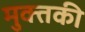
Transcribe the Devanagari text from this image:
मुक्तकी